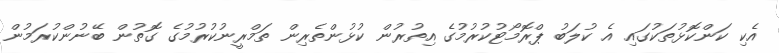
އެކި ކަންކޮޅުތަކުގައި އެ ކުލަބު ޕްރޮމޯޓުކުރުމުގެ އިތުރުން ކުޅުންތެރިން ތަމްރީނުކުރުމުގެ ގޮތުން ބޭނުންކުރަމުން